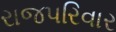
રાજપરિવાર